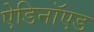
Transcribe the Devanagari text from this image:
ऐडिनॉएड